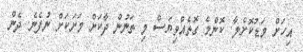
އިހަށް މަޑުކޮށްލާ. ކޮންމެ ގޮތެއްވިޔަސް މި ތަނުން ދާކަށް މަށަކަށް ނުފެނެ. ދެން